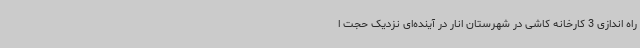
راه اندازی 3 کارخانه کاشی در شهرستان انار در آینده‌ای نزدیک حجت ا